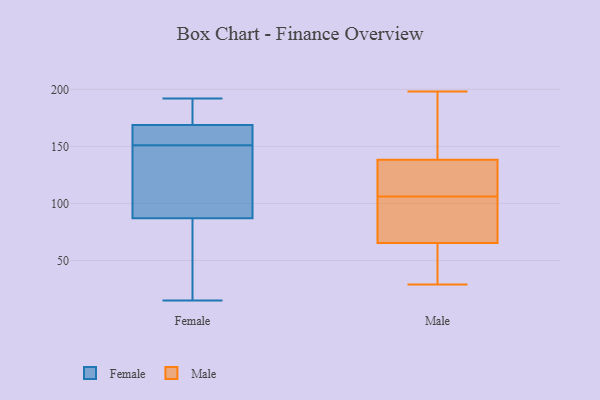
{"axis": {"x": "Revenue (USD Million)", "y": "Value"}, "legend": ["Female", "Male"], "data": [{"x": "", "y": 185, "type": "Female"}, {"x": "", "y": 70, "type": "Female"}, {"x": "", "y": 24, "type": "Female"}, {"x": "", "y": 170, "type": "Female"}, {"x": "", "y": 138, "type": "Female"}, {"x": "", "y": 150, "type": "Female"}, {"x": "", "y": 192, "type": "Female"}, {"x": "", "y": 15, "type": "Female"}, {"x": "", "y": 151, "type": "Female"}, {"x": "", "y": 165, "type": "Female"}, {"x": "", "y": 155, "type": "Female"}, {"x": "", "y": 185, "type": "Male"}, {"x": "", "y": 63, "type": "Male"}, {"x": "", "y": 198, "type": "Male"}, {"x": "", "y": 29, "type": "Male"}, {"x": "", "y": 139, "type": "Male"}, {"x": "", "y": 114, "type": "Male"}, {"x": "", "y": 106, "type": "Male"}, {"x": "", "y": 100, "type": "Male"}, {"x": "", "y": 105, "type": "Male"}, {"x": "", "y": 129, "type": "Male"}, {"x": "", "y": 66, "type": "Male"}, {"x": "", "y": 138, "type": "Male"}, {"x": "", "y": 60, "type": "Male"}]}